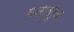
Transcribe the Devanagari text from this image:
मनावरून